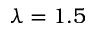
\lambda = 1 . 5